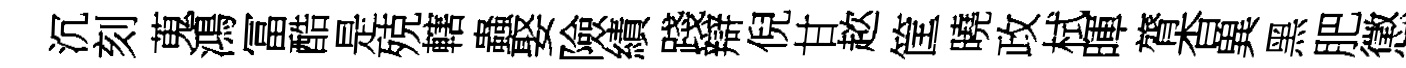
沉刻蒐鴻冨酷是殑轄蟲娶險績踐辯倪甘趑筐曉政栻暉膂杳兾黑肥懲